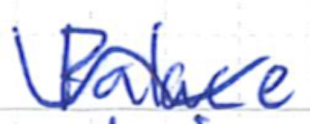
Text: Palace
Cross-out: wave
Writing tool: ballpoint